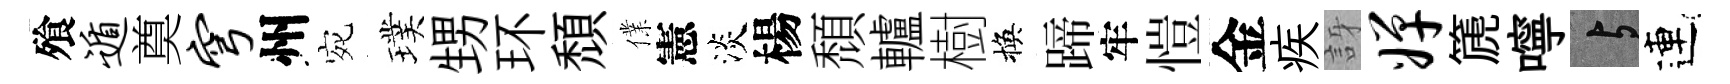
飱遁奠穹州宛璞甥环頹㒒憲淡楊頹轤樹換蹄牢愷金疾訝婵篪嚀与連